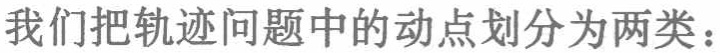
我们把轨迹问题中的动点划分为两类：